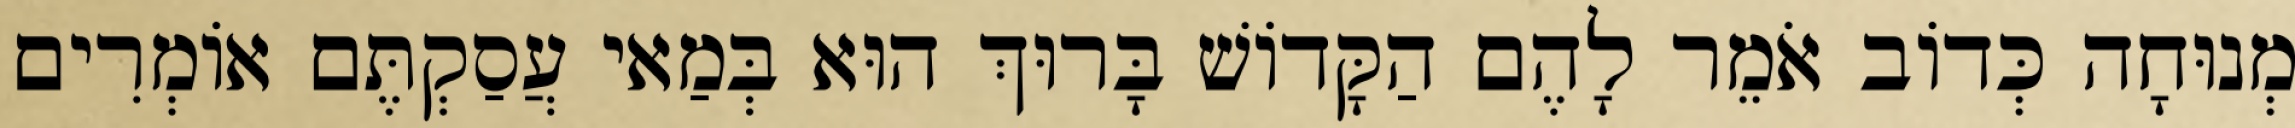
מְנוּחָה כְּדוֹב אֹמֵר לָהֶם הַקָּדוֹשׁ בָּרוּךְ הוּא בְּמַאי עֲסַקְתֶּם אוֹמְרִים